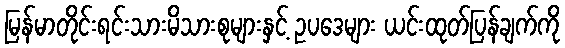
မြန်မာတိုင်းရင်းသားမိသားစုများနှင့် ဥပဒေများ ယင်းထုတ်ပြန်ချက်ကို